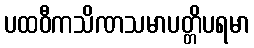
ပထဝီကသိဏသမာပတ္တိပရမာ